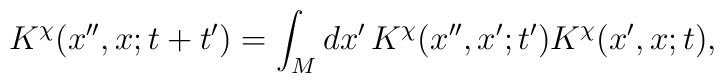
K^\chi(x'',x; t+t')	= 	\int_M dx' \, K^\chi(x'',x';t') K^\chi(x',x;t),